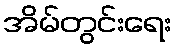
အိမ်တွင်းရေး